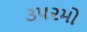
૩૫૨મો